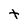
Character: t